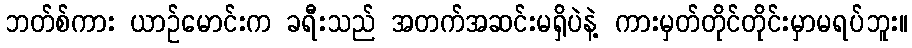
ဘတ်စ်ကား ယာဉ်မောင်းက ခရီးသည် အတက်အဆင်းမရှိပဲနဲ့ ကားမှတ်တိုင်တိုင်းမှာမရပ်ဘူး။